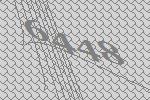
6448